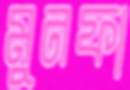
মুনফা